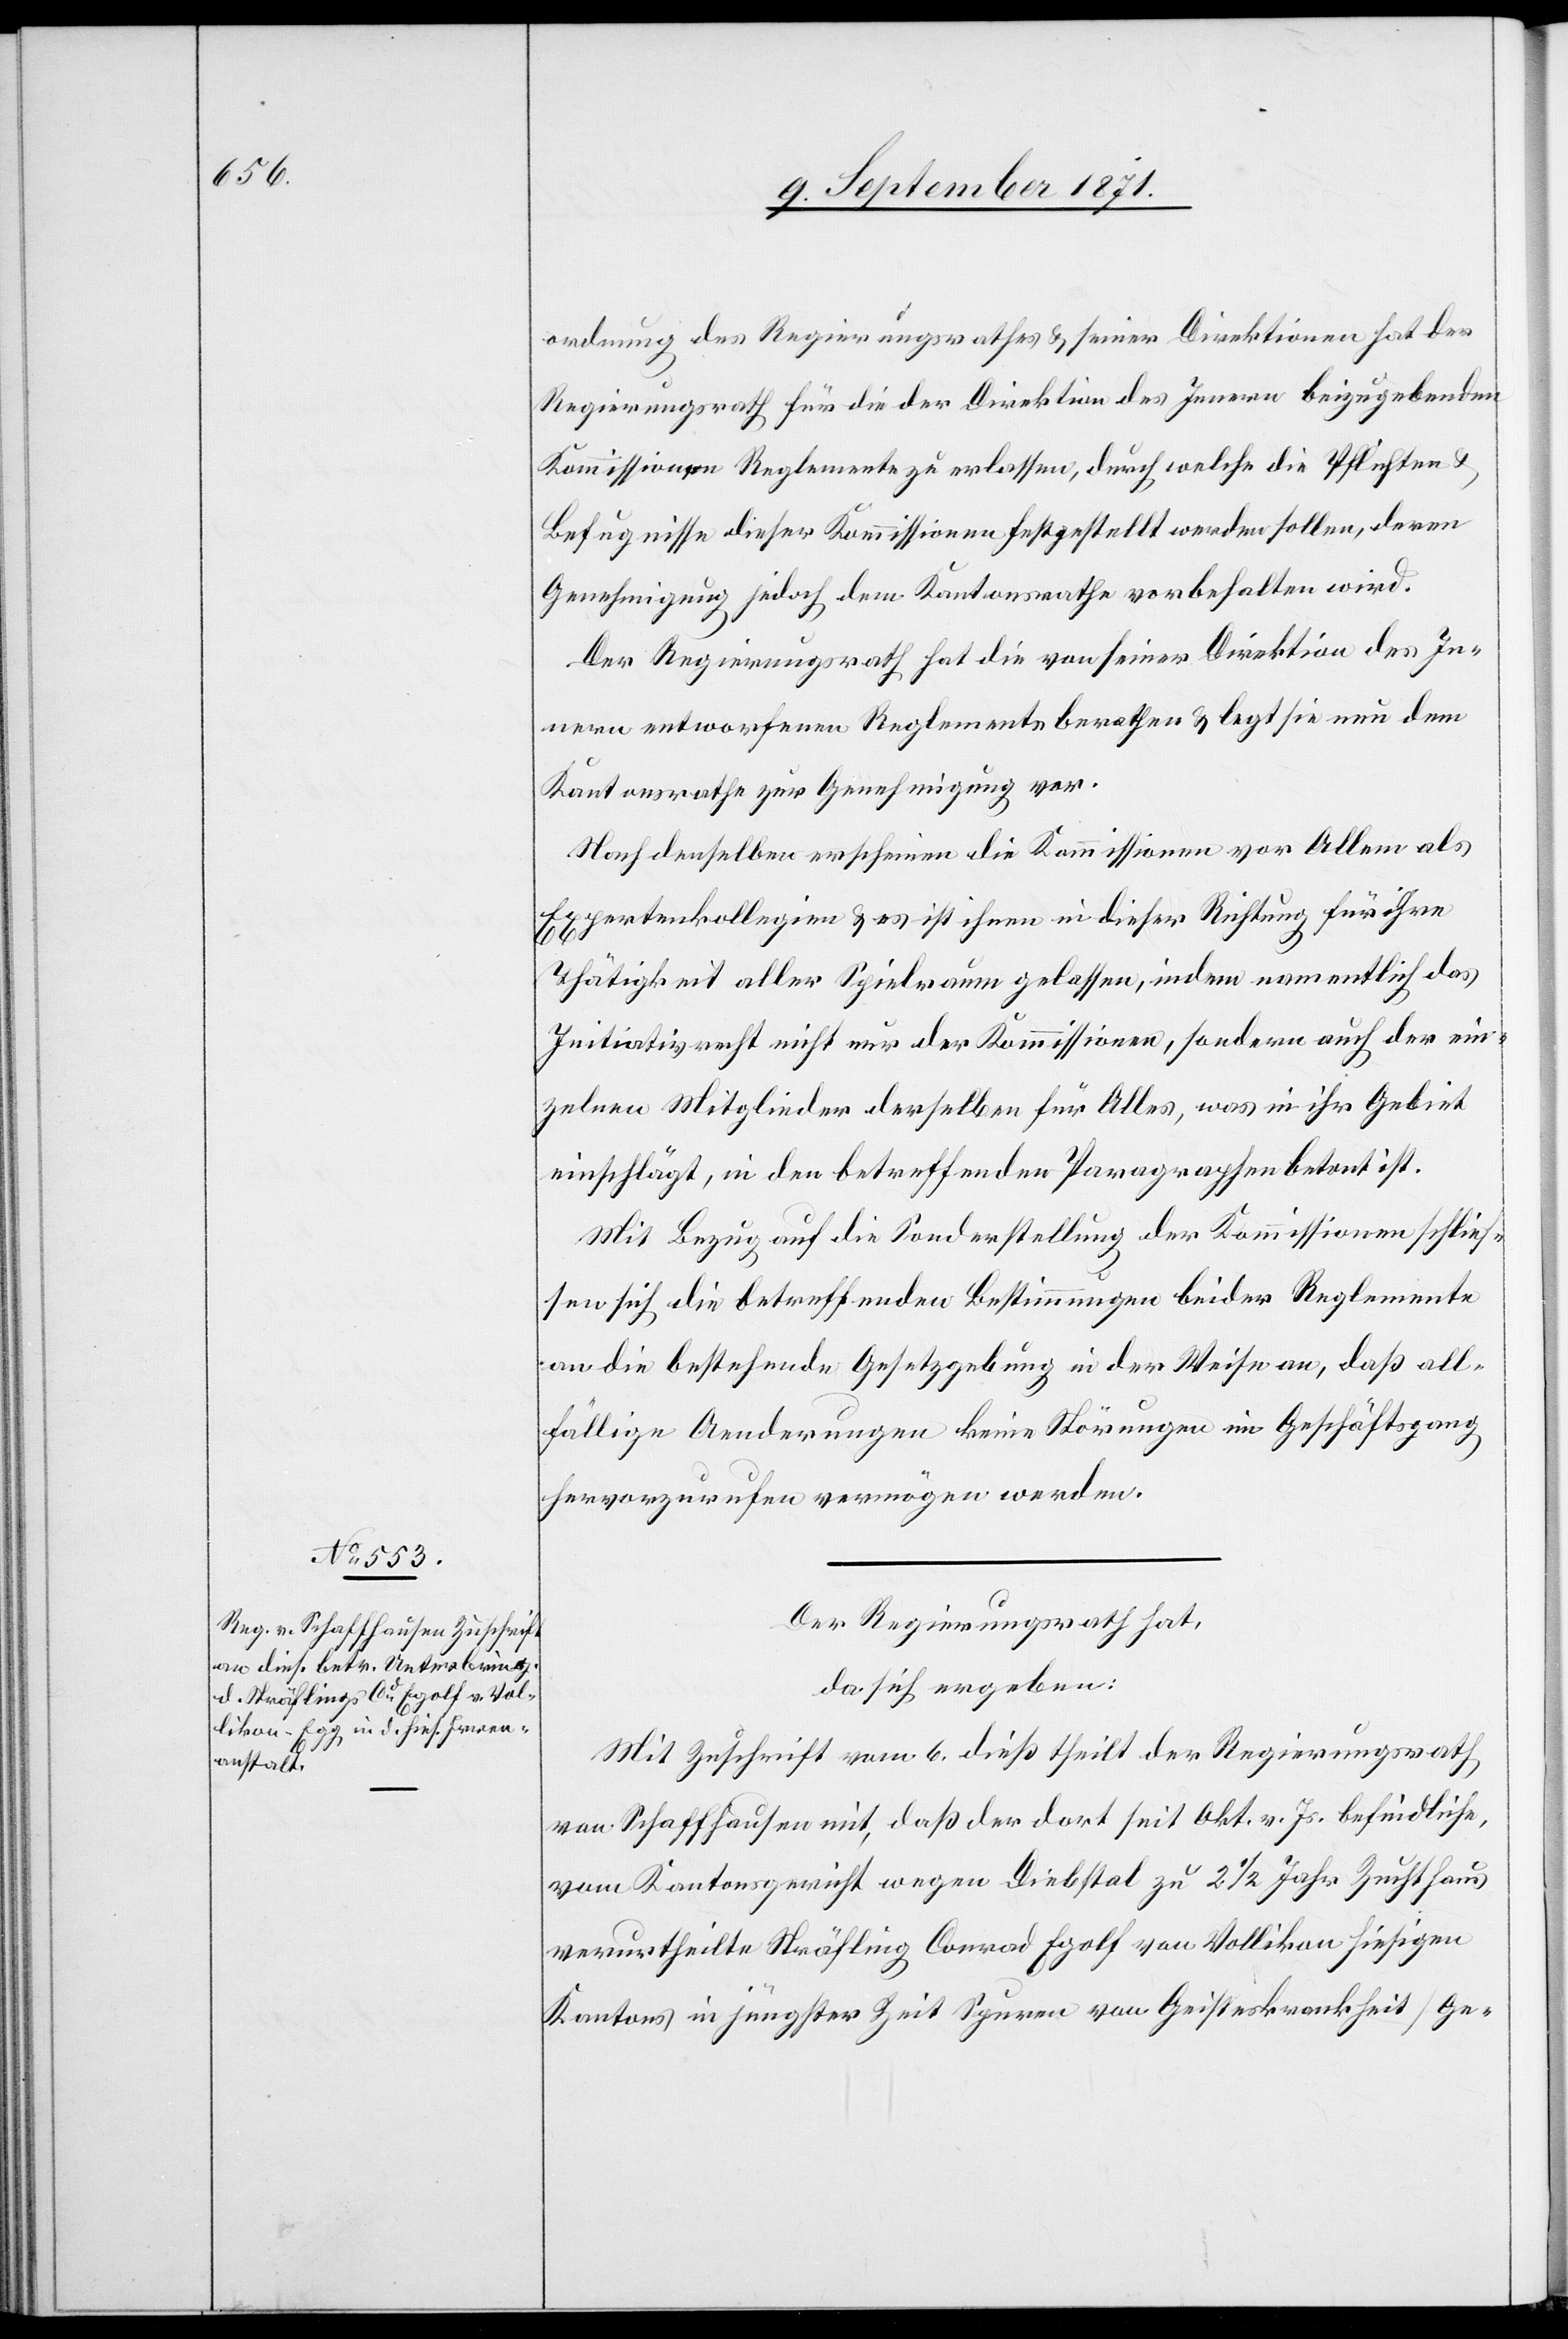
ordnung des Regierungsrathes & seiner Direktionen hat der
Regierungsrath für die der Direktion des Innern beizugebenden
Kommissionen Reglemente zu erlassen, durch welche die Pflichten
Befugnisse dieser Kommissionen festgestellt werden sollen, deren
Genehmigung jedoch dem Kantonsrathe vorbehalten wird.
Der Regierungsrath hat die von seiner Direktion des In¬
nern entworfenen Reglemente berathen & legt sie nun dem
Kantonsrathe zur Genehmigung vor.
Nach denselben erscheinen die Kommissionen vor Allem als
Expertenkollegien & es ist ihnen in dieser Richtung für ihre
Thätigkeit aller Spielraum gelassen, indem namentlich das
Insitiativrecht nicht nur der Kommission, sodann, auch der ein¬
zelnen Mitglieder derselben für Alles, was in ihr Gebiet
einschlägt, in den betreffenden Paragraphen betont ist.
Mit Bezug auf die Sonderstellung der Kommissionen schlies¬
sen sich die betreffenden Bestimmungen beider Reglemente
an die bestehende Gesetzgebung in der Weise an, daß all¬
fällige Aenderungen keine Störungen im Geschäftsgang
hervorzurufen vermögen werden.
Der Regierungsrath hat,
da sich ergeben:
Mit Zuschrift vom 6. dieß theilt der Regierungsrath
von Schaffhausen mit, daß der dort seit Okt. v. Js. befindliche
vom Kantonsgericht wegen Diebstal zu 2 1/2 Jahr Zuchthaus
verurtheilte Sträfling Conrad Egolf von Vollikon hiesigen
Kantons in jüngster Zeit Spuren von Geisteskrankheit [Ge-